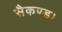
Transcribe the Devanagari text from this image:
सैकण्ड।